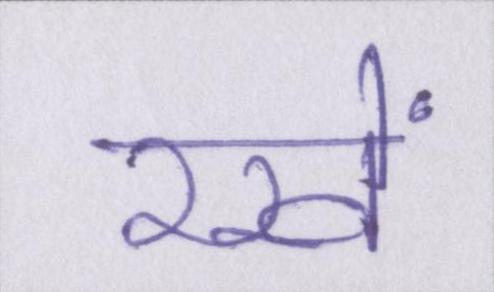
रखें